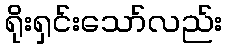
ရိုးရှင်းသော်လည်း